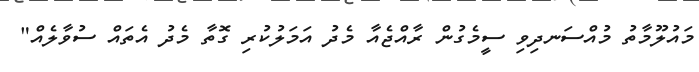
މައުލޫމާތު މުއްސަނދިވި ސީމެގުން ރާއްޖެއާ މެދު އަމަލުކުރި ގޮތާ މެދު އެތައް ސުވާލެއް"